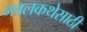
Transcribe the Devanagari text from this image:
नवलकथेसाठी